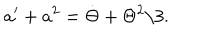
a ^ { \prime } + a ^ { 2 } = \dot { \Theta } + \Theta ^ { 2 } / 3 .